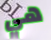
هي